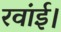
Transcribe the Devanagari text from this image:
रवांई।